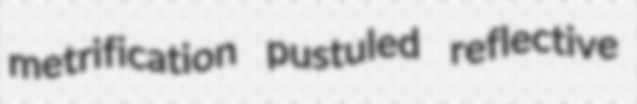
metrification pustuled reflective